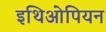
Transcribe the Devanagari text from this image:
इथिओपियन